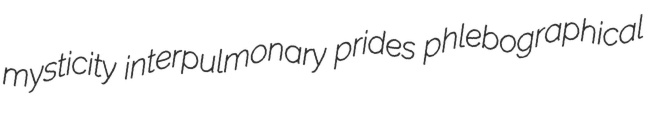
mysticity interpulmonary prides phlebographical